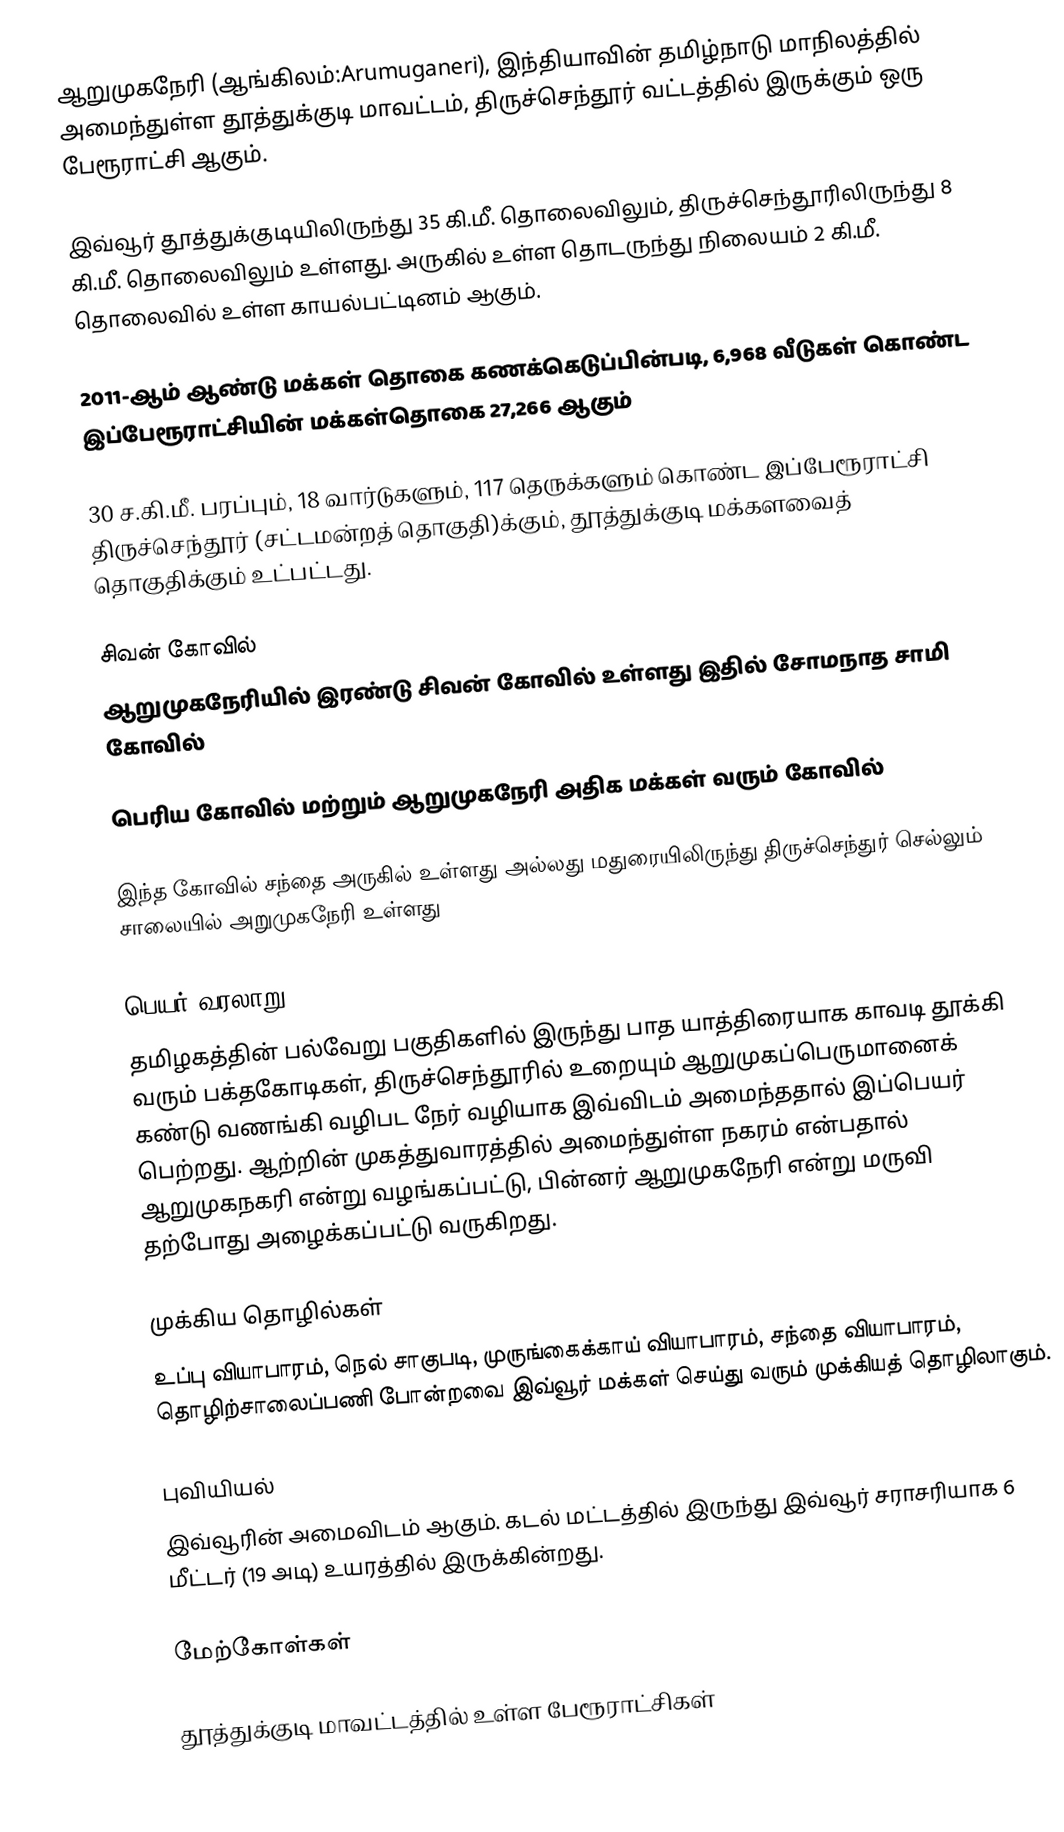
ஆறுமுகநேரி (ஆங்கிலம்:Arumuganeri), இந்தியாவின் தமிழ்நாடு மாநிலத்தில் அமைந்துள்ள தூத்துக்குடி மாவட்டம், திருச்செந்தூர் வட்டத்தில் இருக்கும் ஒரு பேரூராட்சி ஆகும்.

இவ்வூர் தூத்துக்குடியிலிருந்து 35 கி.மீ. தொலைவிலும், திருச்செந்தூரிலிருந்து 8 கி.மீ. தொலைவிலும் உள்ளது. அருகில் உள்ள தொடருந்து நிலையம் 2 கி.மீ. தொலைவில் உள்ள   காயல்பட்டினம் ஆகும்.

2011-ஆம் ஆண்டு மக்கள் தொகை கணக்கெடுப்பின்படி,  6,968  வீடுகள் கொண்ட இப்பேரூராட்சியின் மக்கள்தொகை  27,266   ஆகும்

30 ச.கி.மீ. பரப்பும், 18 வார்டுகளும், 117 தெருக்களும் கொண்ட இப்பேரூராட்சி  திருச்செந்தூர் (சட்டமன்றத் தொகுதி)க்கும், தூத்துக்குடி மக்களவைத் தொகுதிக்கும் உட்பட்டது.

சிவன் கோவில்
ஆறுமுகநேரியில் இரண்டு சிவன் கோவில் உள்ளது இதில் சோமநாத சாமி கோவில்

பெரிய கோவில் மற்றும் ஆறுமுகநேரி அதிக மக்கள் வரும் கோவில்

இந்த கோவில்  சந்தை அருகில் உள்ளது அல்லது மதுரையிலிருந்து திருச்செந்துர் செல்லும் சாலையில் அறுமுகநேரி உள்ளது

பெயர் வரலாறு
தமிழகத்தின் பல்வேறு பகுதிகளில் இருந்து  பாத யாத்திரையாக  காவடி தூக்கி வரும் பக்தகோடிகள், திருச்செந்தூரில் உறையும் ஆறுமுகப்பெருமானைக் கண்டு வணங்கி வழிபட நேர் வழியாக இவ்விடம் அமைந்ததால் இப்பெயர் பெற்றது. ஆற்றின் முகத்துவாரத்தில் அமைந்துள்ள  நகரம் என்பதால் ஆறுமுகநகரி என்று வழங்கப்பட்டு, பின்னர் ஆறுமுகநேரி என்று மருவி தற்போது அழைக்கப்பட்டு வருகிறது.

முக்கிய தொழில்கள்
உப்பு வியாபாரம், நெல் சாகுபடி, முருங்கைக்காய் வியாபாரம், சந்தை வியாபாரம், தொழிற்சாலைப்பணி போன்றவை இவ்வூர் மக்கள் செய்து வரும் முக்கியத் தொழிலாகும்.

புவியியல்
இவ்வூரின் அமைவிடம்  ஆகும். கடல் மட்டத்தில் இருந்து இவ்வூர் சராசரியாக 6 மீட்டர் (19 அடி) உயரத்தில் இருக்கின்றது.

மேற்கோள்கள்

தூத்துக்குடி மாவட்டத்தில் உள்ள பேரூராட்சிகள்